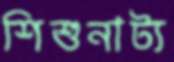
শিশুনাট্য